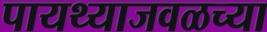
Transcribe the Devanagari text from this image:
पायथ्याजवळच्या